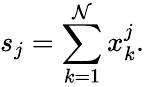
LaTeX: s_{j}=\sum_{k=1}^{\mathcal{N}}{x_{k}^{j}}.